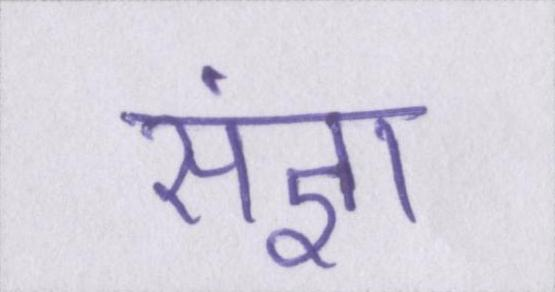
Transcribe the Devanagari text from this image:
संज्ञा